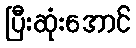
ပြီးဆုံးအောင်